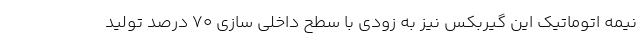
نیمه اتوماتیک این گیربکس نیز به زودی با سطح داخلی سازی ۷۰ درصد تولید